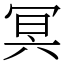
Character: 冥